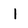
Character: 1